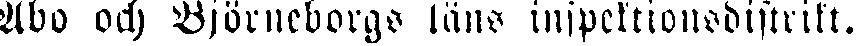
Abo och Björneborgs läns inspektionsdistrikt.